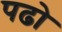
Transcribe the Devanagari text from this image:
पढो